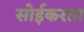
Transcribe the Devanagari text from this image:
सोईकरता